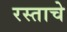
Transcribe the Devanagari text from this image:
रस्ताचे